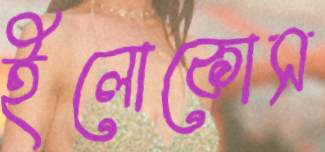
ইলোকোস